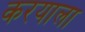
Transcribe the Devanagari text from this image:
करयाला